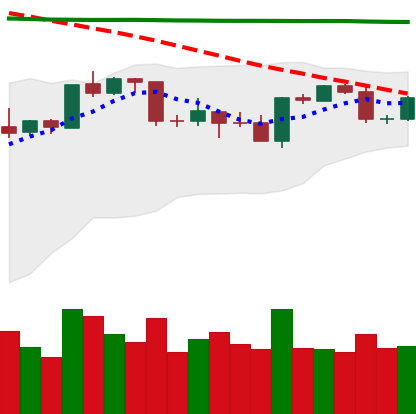
Ticker: BTC-USD
Chart end date: 2020-04-22
Forward return: 9.532%
Label: up_7plus